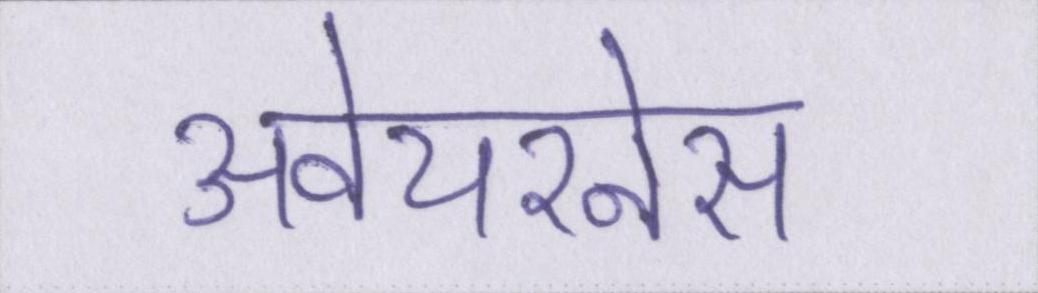
अवेयरनेस